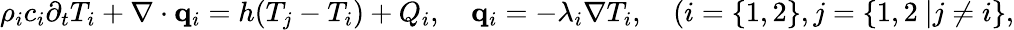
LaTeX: \begin{array}{r}{\rho_{i}c_{i}\partial_{t}T_{i}+\nabla\cdot\mathbf q_{i}=h(T_{j}-T_{i})+Q_{i},\quad\mathbf q_{i}=-\lambda_{i}\nabla T_{i},\quad(i=\{ 1,2\} ,j=\{ 1,2\ |j\neq i\} ,}\end{array}